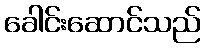
ခေါင်းဆောင်သည်